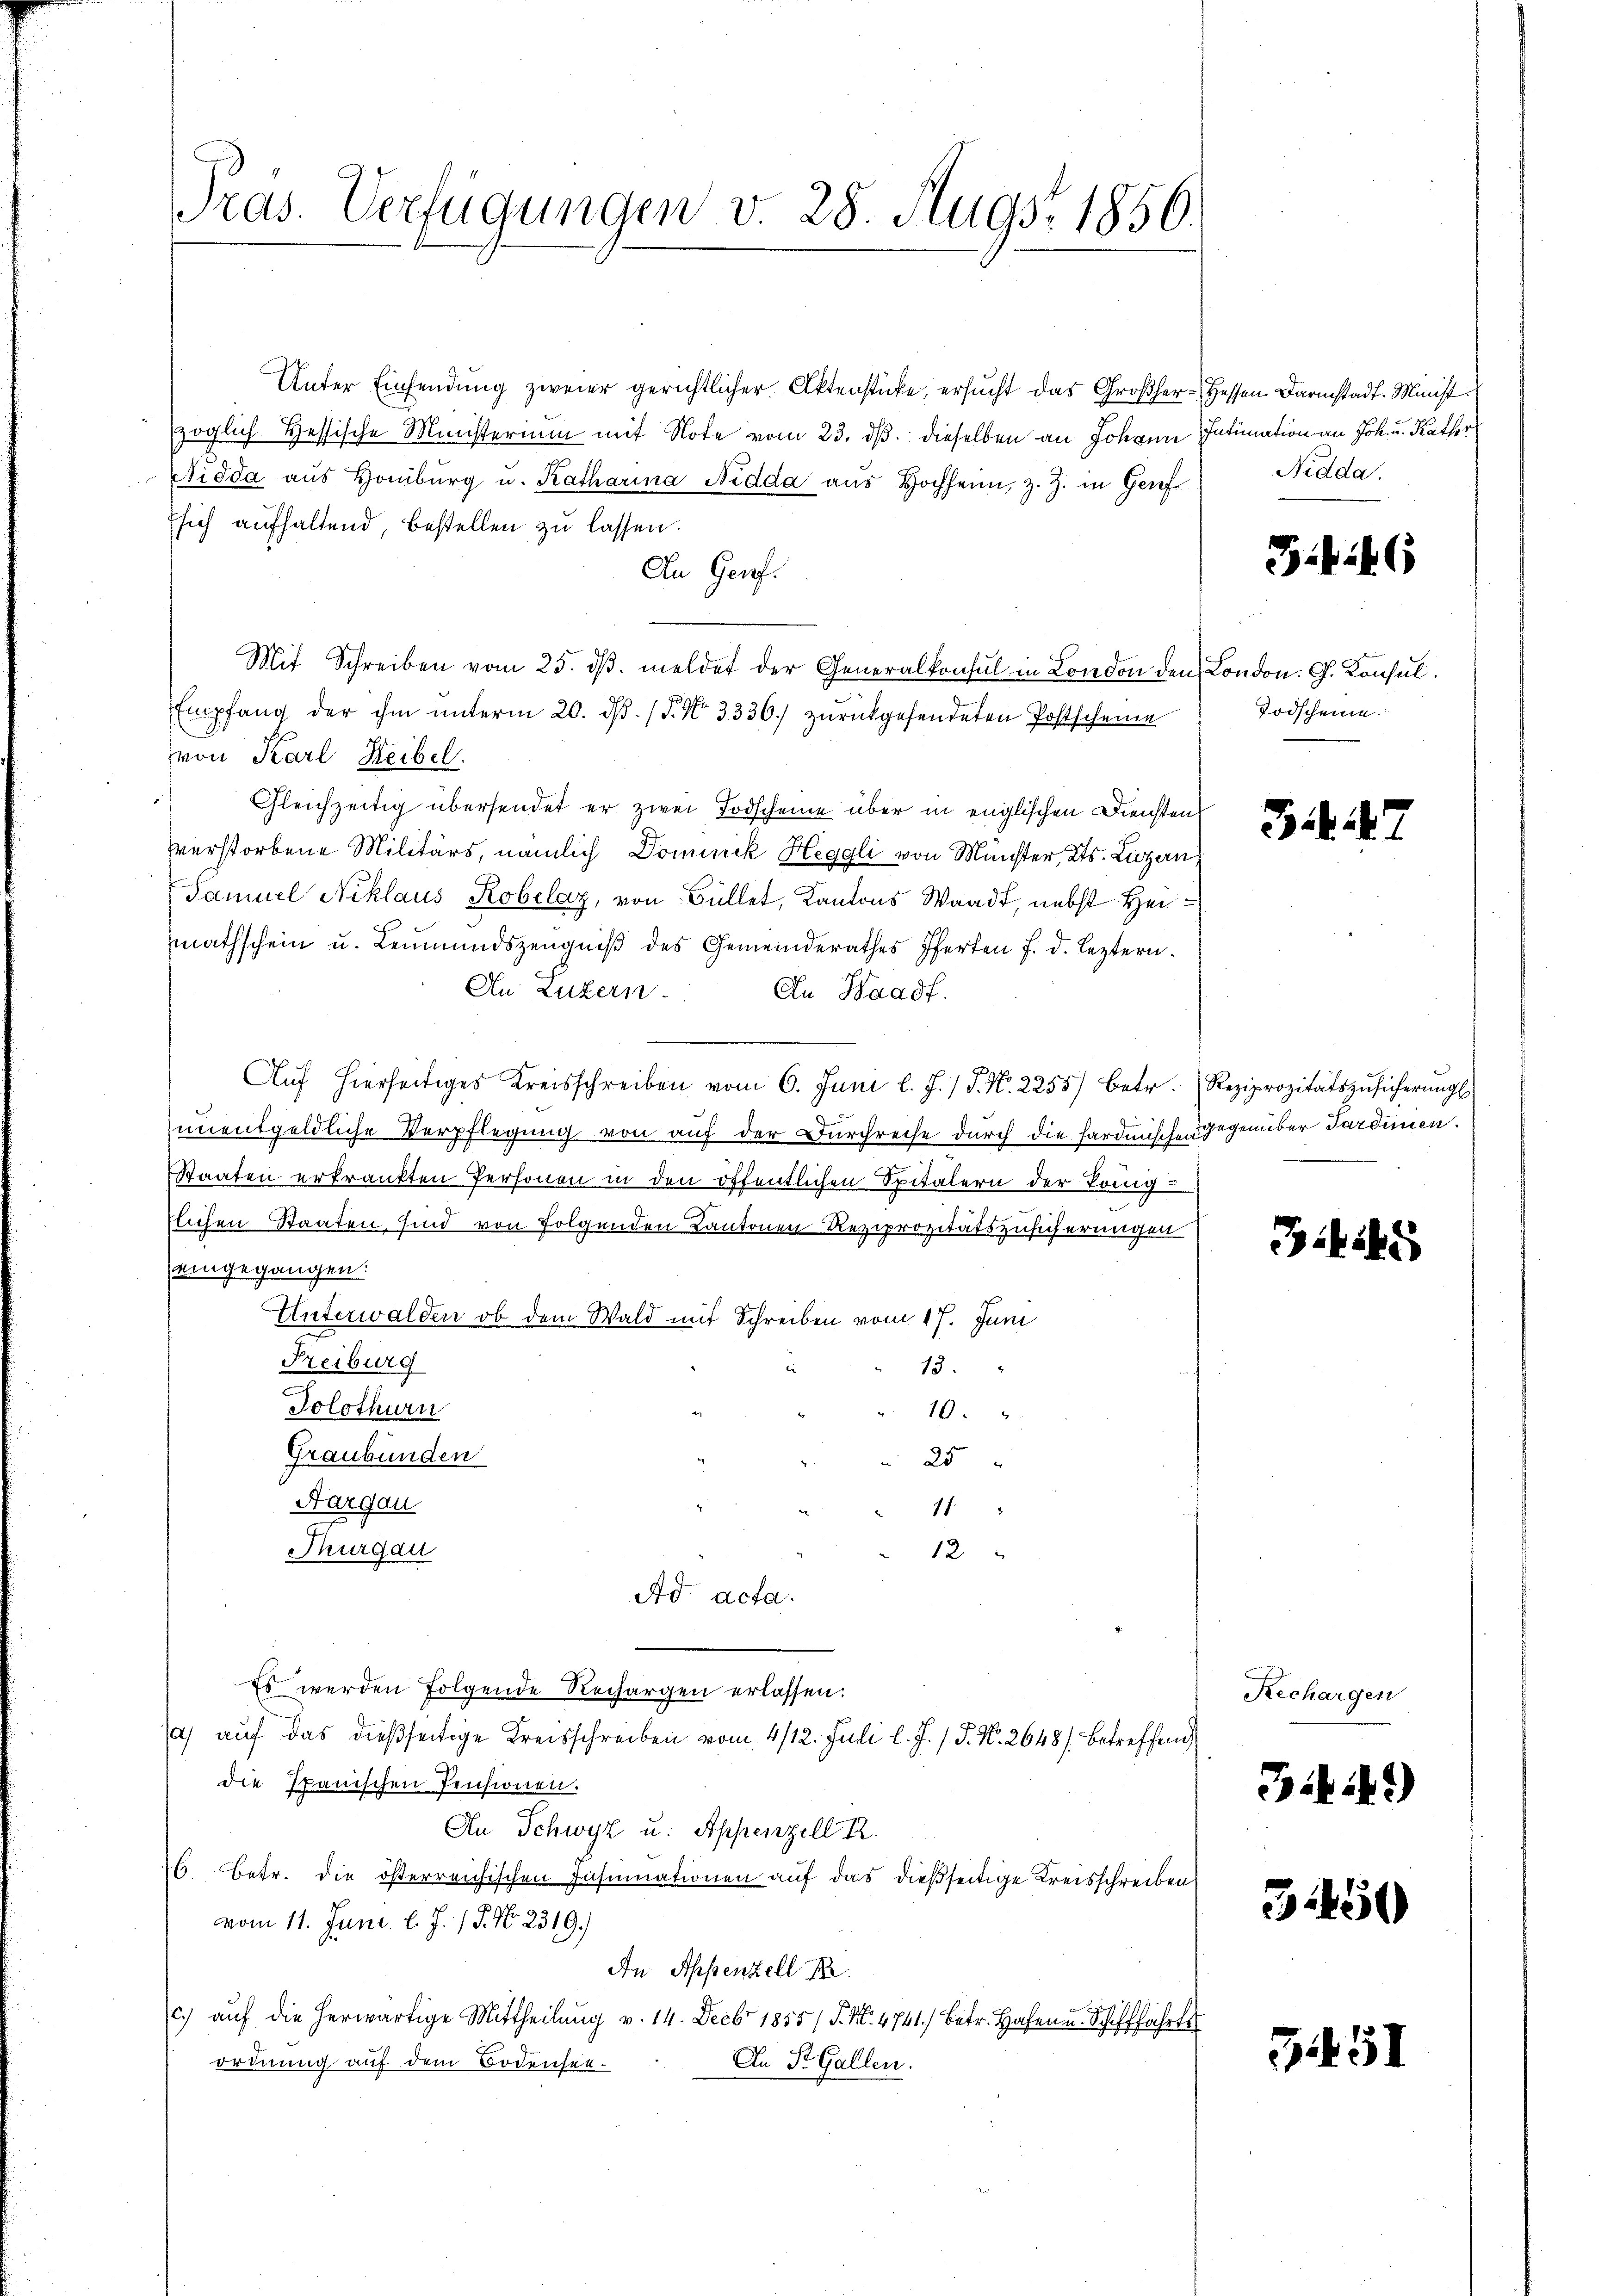
Pras. Verfügungen v. 28. Augst 1856.

Unter Einsendung zweier gerichtlicher Aktenstücke, ersucht das Großher-Hessen. Darmstadt. Minist
zöglich Hessische Ministerium mit Note vom 23. ds. dieselben an Johann Intimation an Joh. u. Rather
Nidda aus Homburg u. Katharina Nidda aus Hochheim, z. Z. in Genf
sich aufhaltend, bestellen zu lassen.
An Genf.
Mit Schreiben vom 25. dβ. meldet der Generalkonsul in London den London. G. Konsul
Empfang der ihm ŭnterm 20. dβ. / P. Nr. 3336 zurückgesendeten Postscheine
(von Karl Reibel.
Gleichzeitig übersendet er zwei Todscheine über in englischen Diensten
verstorbene Militärs, nämlich Dominik Heggli von Manster, Kts. Luzern,
Samuel Niklaus Robelaz, von Büllet, Kantons Waadt, nebst Heimmathschein u. Leumundszeŭgniβ des Gemeinderathes Pferten f. d. leztern.
An Luzern. An Baadf.
Auf hierseitiges Kreisschreiben vom 6. Juni l. J. J. N. 2255) betr. Reziprozitätszusicherungs
unentgeldliche Verpflegung von auf der Durchreise durch die Hardmische gegenüber Sardinien.
Staaten erkrankten Personen in den öffentlichen Spitälern der Königtlichen Staaten, sind von Folgenden Kantonen Reziprozitätszusicherungen
eingegangen:
Unterwalden ob dem Wald mit Schreiben vom 17. Juni
Freiburg
13.
Solothurn
10.
Graubünden
25
Aargau
11.
Thurgau
12
Ad acta.
Es werden folgende Rechargen erlassen:
/a aŭf das dießseitige Kreisschreiben vom 4/12. Juli l. J. / P. Nr. 2648) betreffend
die Ipanischen Pensionen.
An Schwyz u. Appenzell R
76. Betr. die österreichischen Insumationen auf das dießseitige Kreisschreiben
vom 11. Juni l. J. J. No. 2319.
An Appenzell P.
c.) aŭf die herwärtige Mittheilŭng v. 14. Decbr 1855 /. M. 4741.) Betr. Hafen u. Schifffahrte
ordnung auf dem Bodensee¬
An St. Gallen.

Nidda.

Zif. 6

Todscheine.

Bitte

Rechargen

749)

51450

3451